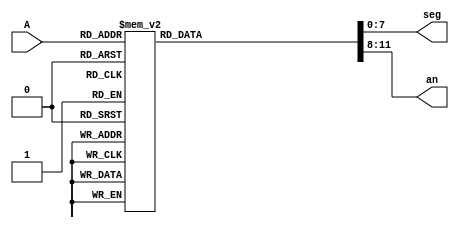
module sSeg(
    input [2:0] A,
    output reg [7:0] seg,
    output reg [3:0] an
    );
   always@(A)
    case(A)
        3'b000: begin seg = 8'hC0; an = 4'hE; end
        3'b001: begin seg = 8'hF9; an = 4'hD; end
        3'b010: begin seg = 8'hA4; an = 4'hB; end
        3'b011: begin seg = 8'hB0; an = 4'h7; end
        3'b100: begin seg = 8'h99; an = 4'hE; end
        3'b101: begin seg = 8'h92; an = 4'hD; end
        3'b110: begin seg = 8'h82; an = 4'hB; end
        3'b111: begin seg = 8'hD8; an = 4'h7; end
    endcase          
endmodule